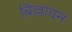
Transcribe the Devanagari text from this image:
बिल्लावन